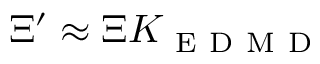
\Xi ^ { \prime } \approx \Xi K _ { \mathrm { ~ E ~ D ~ M ~ D ~ } }